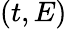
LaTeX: (t,E)